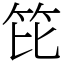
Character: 笓